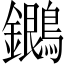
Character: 𪇩